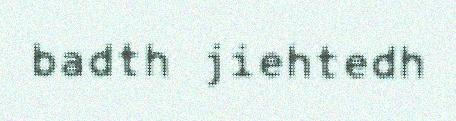
badth jiehtedh